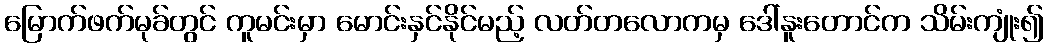
မြောက်ဖက်မုခ်တွင် ကူမင်းမှာ မောင်းနှင်နိုင်မည့် လတ်တလောကမှ ဒေါ်နူးတောင်က သိမ်းကျုံး၍